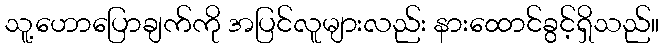
သူ့ဟောပြောချက်ကို အပြင်လူများလည်း နားထောင်ခွင့်ရှိသည်။